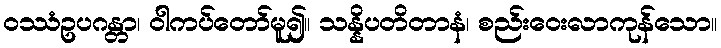
ဝဿံဥပဂန္တာ၊ ဝါကပ်တော်မူ၍။ သန္နိပတိတာနံ၊ စည်းဝေးလာကုန်သော။